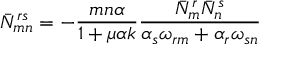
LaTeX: \bar { N } _ { m n } ^ { r s } = - { \frac { m n \alpha } { 1 + \mu \alpha k } } { \frac { \bar { N } _ { m } ^ { r } \bar { N } _ { n } ^ { s } } { \alpha _ { s } \omega _ { r m } + \alpha _ { r } \omega _ { s n } } }